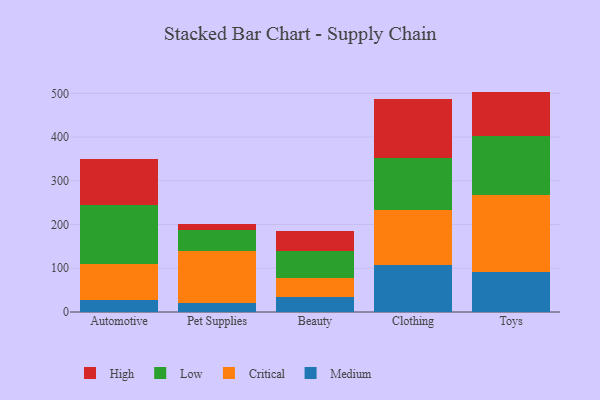
{"axis": {"x": "Category", "y": "Conversion Rate (%)"}, "legend": ["Critical", "High", "Low", "Medium"], "data": [{"x": "Automotive", "y": 27.9, "type": "Medium"}, {"x": "Automotive", "y": 81.6, "type": "Critical"}, {"x": "Automotive", "y": 134.5, "type": "Low"}, {"x": "Automotive", "y": 105.7, "type": "High"}, {"x": "Pet Supplies", "y": 19.7, "type": "Medium"}, {"x": "Pet Supplies", "y": 119.9, "type": "Critical"}, {"x": "Pet Supplies", "y": 49.0, "type": "Low"}, {"x": "Pet Supplies", "y": 12.6, "type": "High"}, {"x": "Beauty", "y": 34.6, "type": "Medium"}, {"x": "Beauty", "y": 43.1, "type": "Critical"}, {"x": "Beauty", "y": 60.8, "type": "Low"}, {"x": "Beauty", "y": 47.3, "type": "High"}, {"x": "Clothing", "y": 108.3, "type": "Medium"}, {"x": "Clothing", "y": 124.7, "type": "Critical"}, {"x": "Clothing", "y": 119.8, "type": "Low"}, {"x": "Clothing", "y": 134.3, "type": "High"}, {"x": "Toys", "y": 90.9, "type": "Medium"}, {"x": "Toys", "y": 177.2, "type": "Critical"}, {"x": "Toys", "y": 133.5, "type": "Low"}, {"x": "Toys", "y": 102.4, "type": "High"}]}